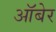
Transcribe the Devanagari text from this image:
ऑबेर